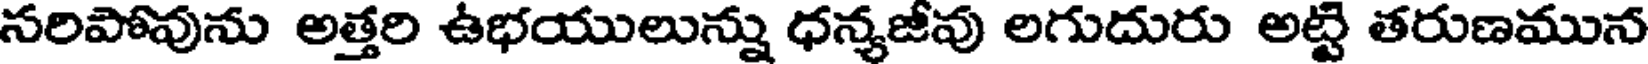
సరిపోవును అత్తరి ఉభయులున్ను ధన్యజీవు లగుదురు అట్టి తరుణమున